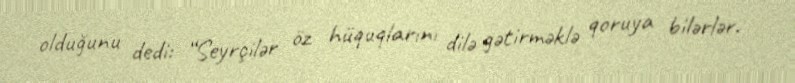
olduğunu dedi: “Seyrçilər öz hüquqlarını dilə gətirməklə qoruya bilərlər.